Juuru_vallavalitsus, lk 39
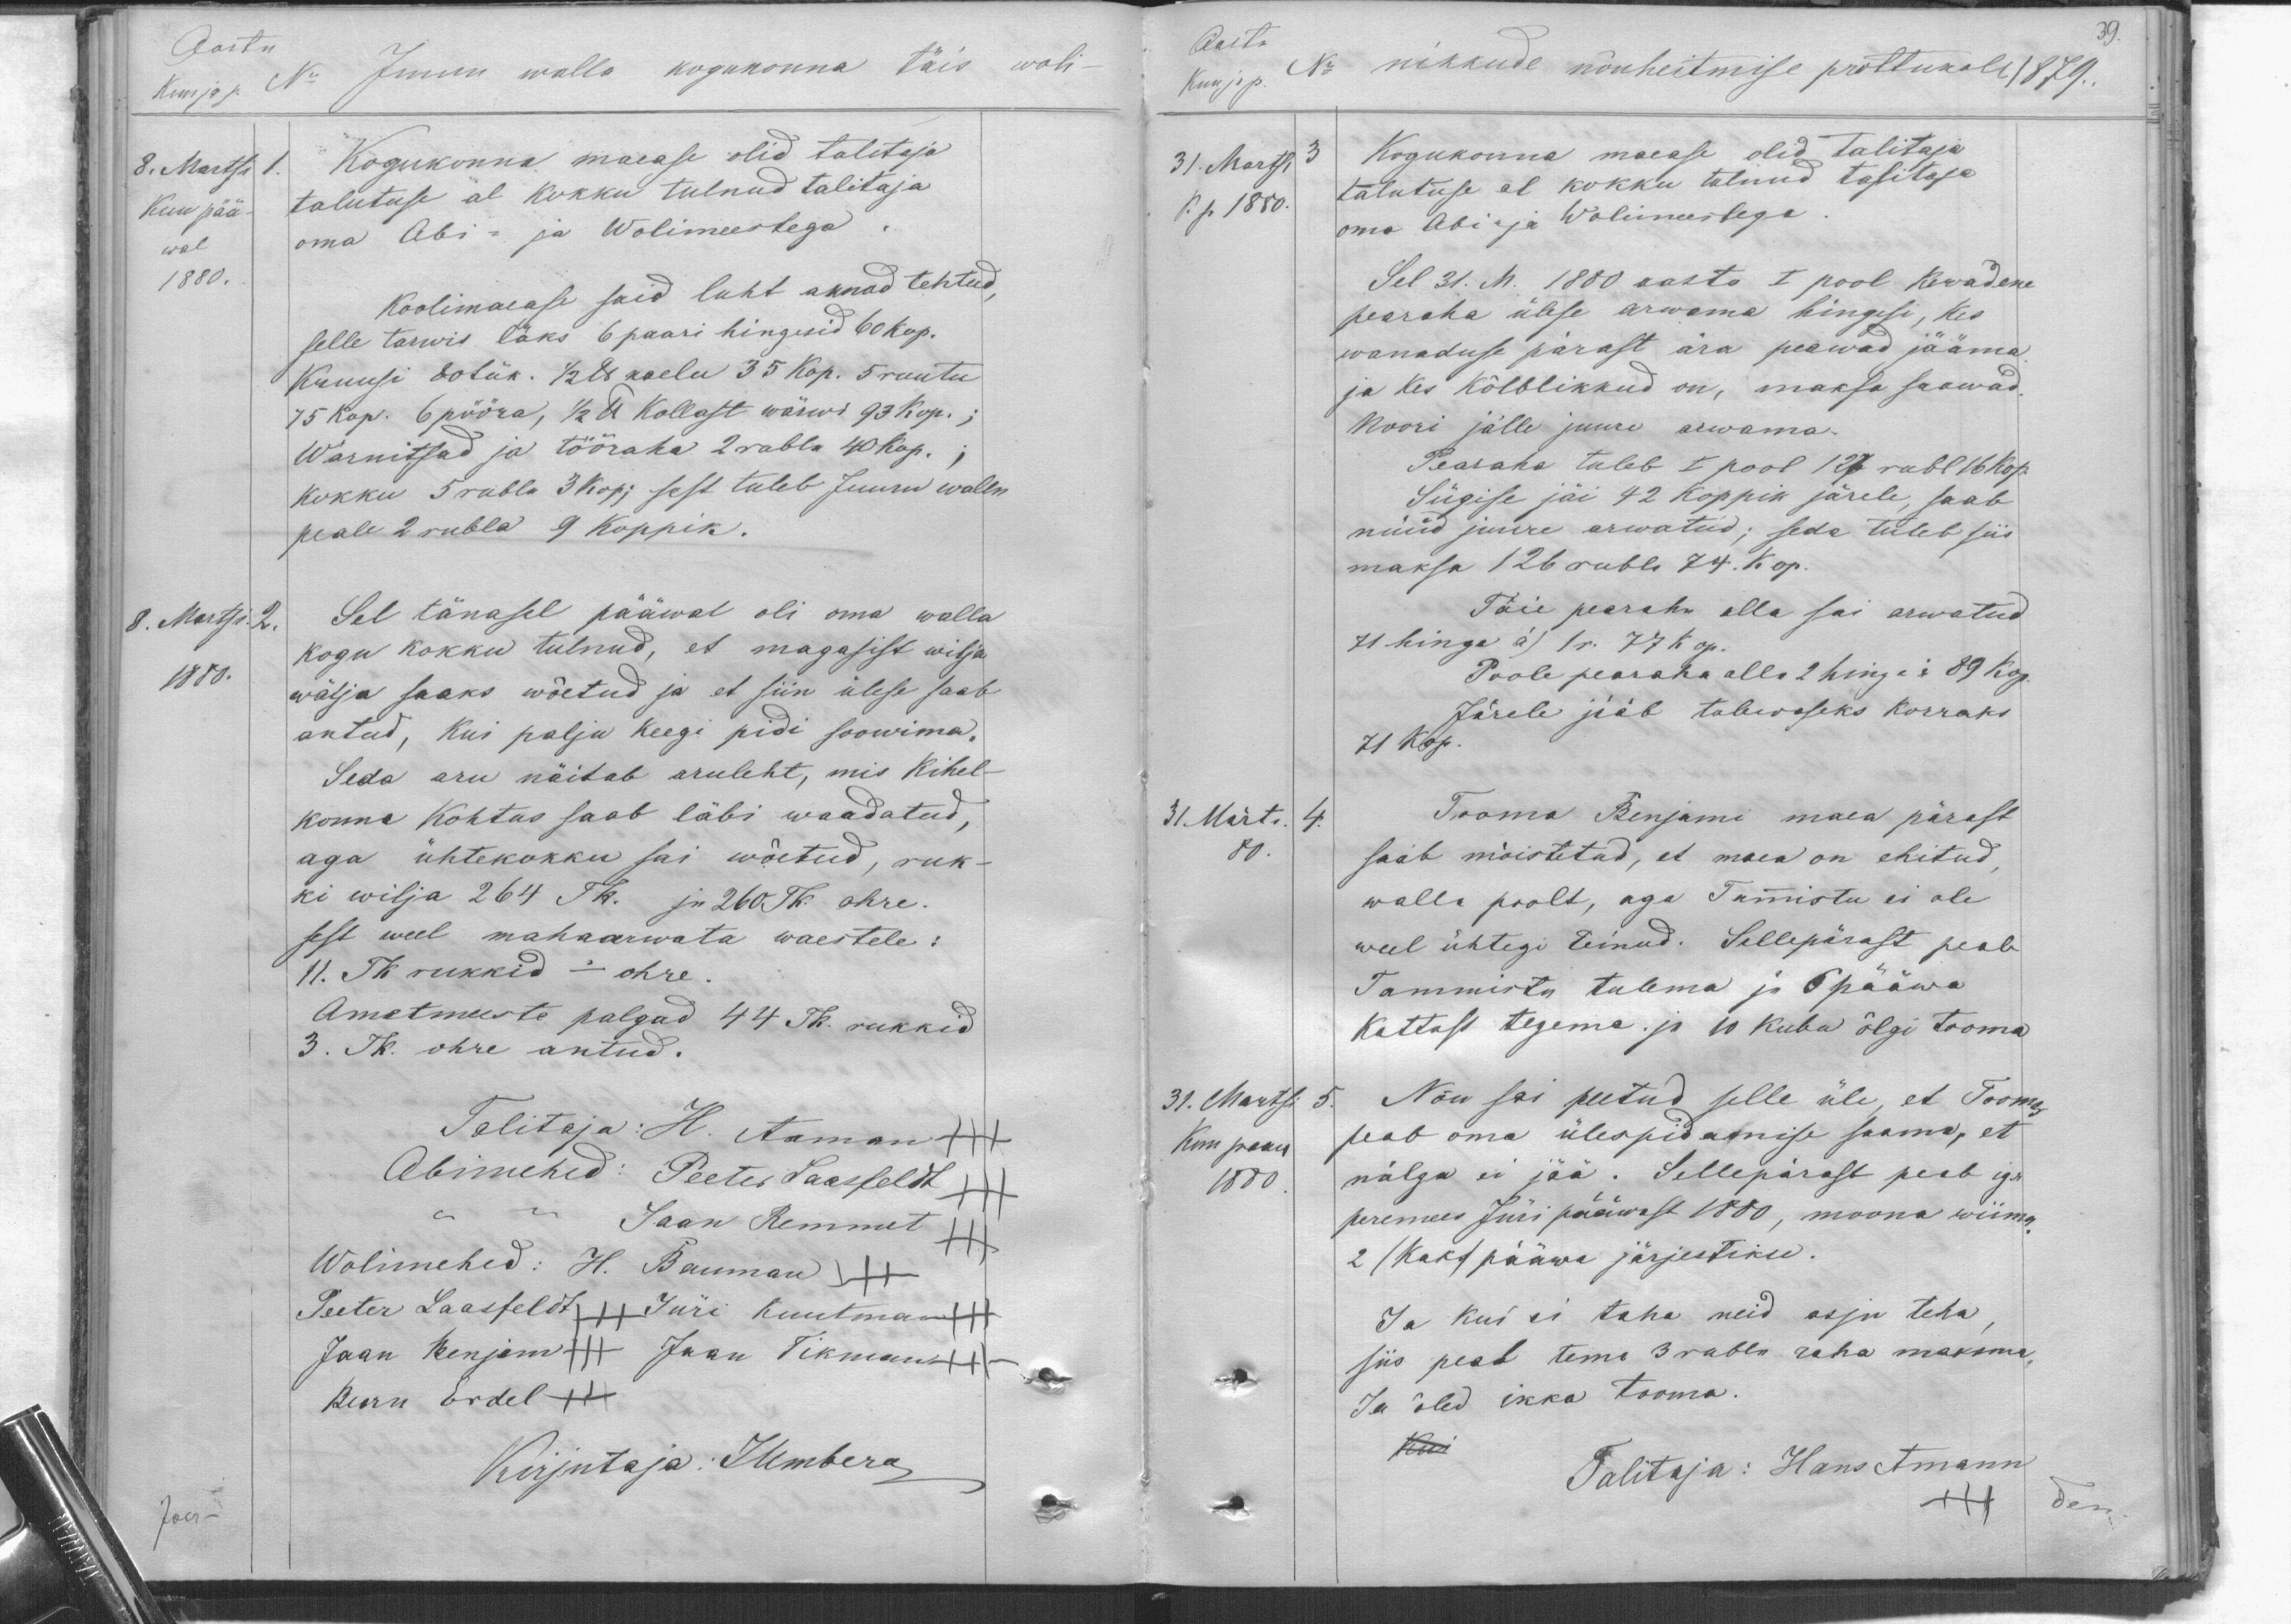
Aasta
Kuu ja p. No
8. Martsi 1.
Kuu pää
wal
1880.
Juuru walla kogukonna täis woli-
Kogukonna maease olid talitaja
talutuse al kokku tulnud talitaja
oma Abi- ja Wolimeestega.
Koolimaease said luht aknad tehtud,
selle tarwis läks 6 paari hingisid 60 kop.
Kruusii 80 tük. 128 naelu 35 Kop. 5 ruutu
75 kop. 6 pööra, 42 Ü Kollast wärwi 93 kop. ;
Warnitsad ja tööraha 2 rubla 40 kop. ;
kokku 5 rubla 3 kop; sest tuleb Juuru walln
peale 2 rubla 9 koppik.
8. Martsi. 2.
1880.
Sel tänasel pääwal oli oma walla
kogu kokku tulnud, et magasist wilja-
wälja saaks wõetud ja et siin ülese saab
antud, kui palju keegi pidi soowima,
Seda aru näitab aruleht, mis Kihel-
konna Kohtus saab läbi waadatud,
aga ühtekokku sai wõetud, ruk-
ki wilja 264 Tk. ja 260 Tk. ohre.
sest weel mahaarwata waestele:
11. Tk rukkid - ohre.
Ametmeeste palgad 44 Tk. rukkid
3. Tk. ohre antud.
Talitaja: H. Aaman
Abimehed: Peeter Laasfeldt
Jaan Remmet
Wolimehed: H. Bauman
Peeter Laasfeldt, Jüri Kuutman
Jaan Benjam Jaan Tikman
Bearn Erdel
Kirjutaja: JUmberg

39.
Aasta
Kuu ja p.
31. Martsi 3
k.p. 1880.
No nikkude nõuheitmise prottukoll 1879.
Kogukonna maease olid talitaja
talutuse el kokku tulnud talitaja
oma Abi ja Wolimeestega
Sel 31. M. 1880 aasta I pool kewadene
pearaha ülese arwama hingesi, kes
wanaduse pärast ära peawad jääma
ja kes kõlblikkud on, maksa saawad.
noori jälle juure arwama.
Pearaha tuleb I pool 127 rubl 16 kop.
Sügise jäi 42 koppik järele, saab
nüüd juure arwatud; seda tuleb siis
maksa 126 rubla 74. Kop.
Täie pearaha alla sai arwatud
71 hinge á) 1 r. 77 kop.
Poole pearaha alla 2 hinge 89 kop.
Järele jääb tulewaseks korraks
71 Kop.
31. Märts 4.
80.
Tooma Benjami maa pärast
saab mõistetud, et maea on ehitud
walla poolt, aga Tammistu ei ole
weel ühtegi teinud. Sellepärast peab
Tammista tulema ja 6 pääwa
Kattust tegema. ja 10 kuba õlgi tooma
31. Martsi 5.
Kuu paaw
1880
Nõu sai peetud selle üle, et Toomas
peab oma ülespidamise saama, et
nälga ei jää. Sellepärast peab iga
peremees Jüri pääwast 1880, moona wiima
2 /kaks pääwa järjestiku.
Ja kui ei taha neid asju teha
siis peab tema 3 rubla raha maksma,
Ja õled ikka tooma.
Kui
Talitaja: Hans Amann